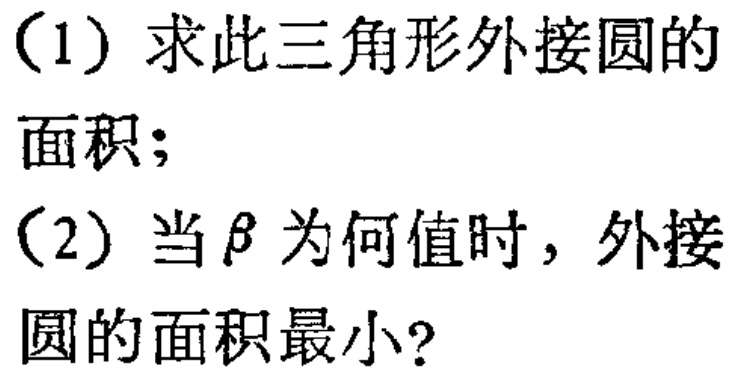
（1）求此三角形外接圆的面积；
（2）当$\beta$为何值时，外接圆的面积最小？